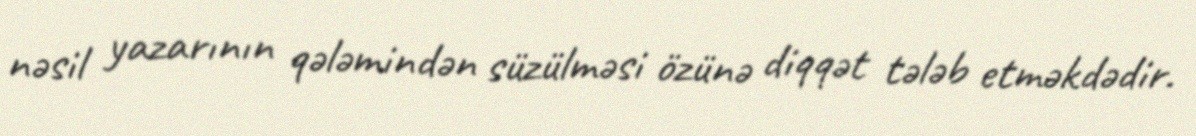
nəsil yazarının qələmindən süzülməsi özünə diqqət tələb etməkdədir.